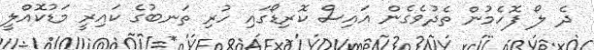
ދެ ލޯ ފޮހެމުން ތެދުވެގެން އައިސް ކޮރިޑޯގައި ހުރި ތަނބުގެ ކައިރީ މަޑުކޮއްލީ